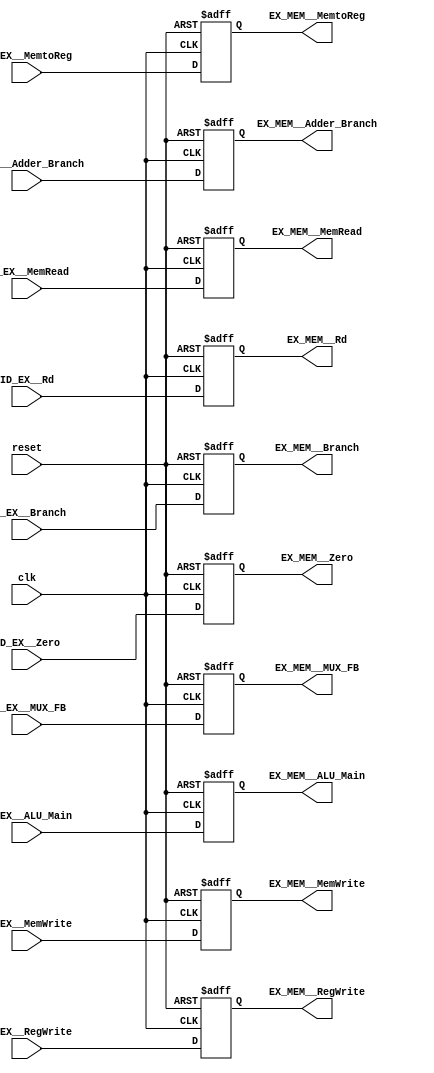
module EX_MEM

(

	input clk, reset,

	input [4:0] ID_EX__Rd,

	input [63:0] ID_EX__MUX_FB, ID_EX__ALU_Main,

	input ID_EX__Zero,

	input [63:0] ID_EX__Adder_Branch,

	input ID_EX__Branch,

	input ID_EX__MemRead,

	input ID_EX__MemWrite,

	input ID_EX__RegWrite,

	input ID_EX__MemtoReg,

	

	output reg [4:0] EX_MEM__Rd,

	output reg [63:0] EX_MEM__MUX_FB, EX_MEM__ALU_Main,

	output reg EX_MEM__Zero,

	output reg [63:0] EX_MEM__Adder_Branch,

	output reg EX_MEM__Branch,

	output reg EX_MEM__MemRead,

	output reg EX_MEM__MemWrite,

	output reg EX_MEM__RegWrite,

	output reg EX_MEM__MemtoReg

	

);

initial
 begin

					EX_MEM__Rd = 0;

					EX_MEM__MUX_FB = 0;

					EX_MEM__ALU_Main = 0;

					EX_MEM__Zero = 0;

					EX_MEM__Adder_Branch = 0;

					EX_MEM__Branch = 0;

					EX_MEM__MemRead = 0;

					EX_MEM__MemWrite = 0;

					EX_MEM__RegWrite = 0;

					EX_MEM__MemtoReg = 0;

				end 

	always @(posedge clk ,posedge reset)

		begin

			if (reset)

				begin

					EX_MEM__Rd = 0;

					EX_MEM__MUX_FB = 0;

					EX_MEM__ALU_Main = 0;

					EX_MEM__Zero = 0;

					EX_MEM__Adder_Branch = 0;

					EX_MEM__Branch = 0;

					EX_MEM__MemRead = 0;

					EX_MEM__MemWrite = 0;

					EX_MEM__RegWrite = 0;

					EX_MEM__MemtoReg = 0;

				end

			else if (clk)

				begin

					EX_MEM__Rd = ID_EX__Rd;

					EX_MEM__MUX_FB = ID_EX__MUX_FB;

					EX_MEM__ALU_Main = ID_EX__ALU_Main;

					EX_MEM__Zero = ID_EX__Zero;

					EX_MEM__Adder_Branch = ID_EX__Adder_Branch;

					EX_MEM__Branch = ID_EX__Branch;

					EX_MEM__MemRead = ID_EX__MemRead;

					EX_MEM__MemWrite = ID_EX__MemWrite;

					EX_MEM__RegWrite = ID_EX__RegWrite;

					EX_MEM__MemtoReg = ID_EX__MemtoReg;

				end
		end
endmodule